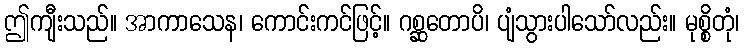
ဤကျီးသည်။ အာကာသေန၊ ကောင်းကင်ဖြင့်။ ဂစ္ဆတောပိ၊ ပျံသွားပါသော်လည်း။ မုစ္စိတုံ၊